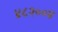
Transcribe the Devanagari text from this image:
४८२००४